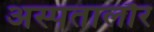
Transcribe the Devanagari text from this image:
अस्पतालौर